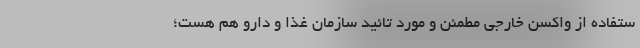
ستفاده از واکسن خارجی مطمئن و مورد تائید سازمان غذا و دارو هم هست؛